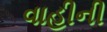
વાહીની